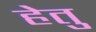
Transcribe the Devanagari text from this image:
हेेतु